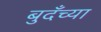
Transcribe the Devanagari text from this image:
बुदँच्या